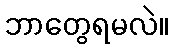
ဘာတွေရမလဲ။